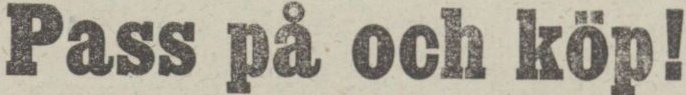
Pass på och köp!